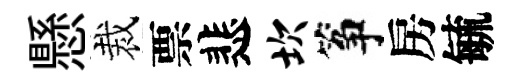
懸裁票悲坎筝房毓